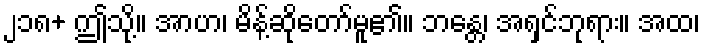
၂၁၈+ ဤသို့။ အာဟ၊ မိန့်ဆိုတော်မူ၏။ ဘန္တေ၊ အရှင်ဘုရား။ အထ၊